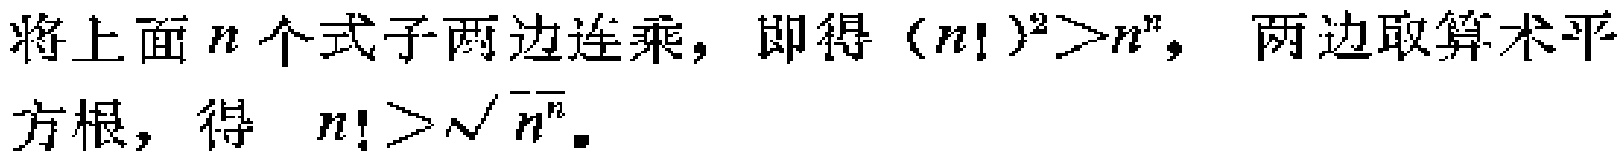
将上面\(n\)个式子两边连乘，即得\((n!)^{2}>n^{n}\)，两边取算术平方根，得 \(n!>\sqrt{n^{n}}\)。